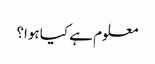
معلوم ہے کیا ہوا؟